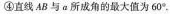
④直线 AB 与 α 所成角的最大值为 60°。